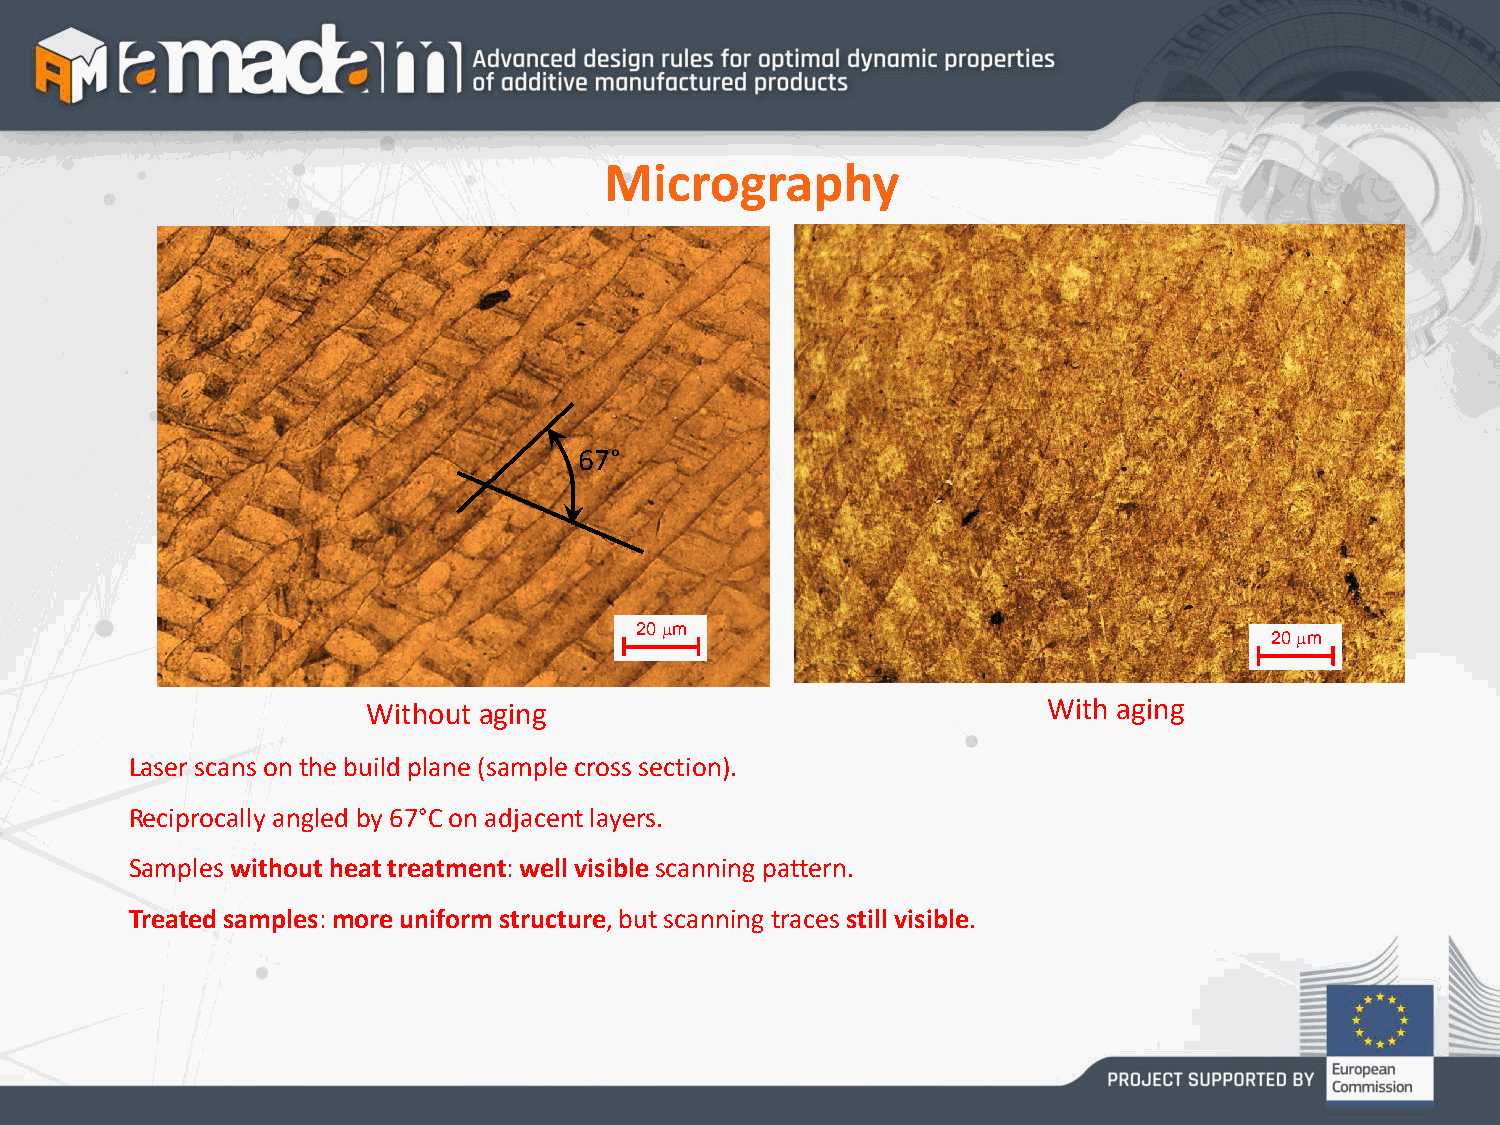
Micrography
 67°
 20 m
 20 m
 Without aging                                With aging
 Laser scans on the build plane (sample cross section).
 Reciprocally angled by 67°C on adjacent layers.
 Samples without heat treatment: well visible scanning pattern.
 Treated samples: more uniform structure, but scanning traces still visible.